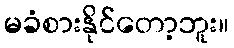
မခံစားနိုင်တော့ဘူး။